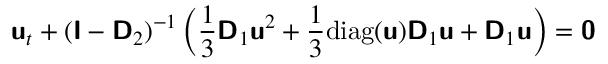
\mathbf { \boldsymbol { \mathsf { u } } } _ { t } + ( \mathbf { \boldsymbol { \mathsf { I } } } - \mathbf { \boldsymbol { \mathsf { D } } } _ { 2 } ) ^ { - 1 } \left( \frac { 1 } { 3 } \mathbf { \boldsymbol { \mathsf { D } } } _ { 1 } \mathbf { \boldsymbol { \mathsf { u } } } ^ { 2 } + \frac { 1 } { 3 } \mathrm { d i a g } ( \mathbf { \boldsymbol { \mathsf { u } } } ) \mathbf { \boldsymbol { \mathsf { D } } } _ { 1 } \mathbf { \boldsymbol { \mathsf { u } } } + \mathbf { \boldsymbol { \mathsf { D } } } _ { 1 } \mathbf { \boldsymbol { \mathsf { u } } } \right) = \mathbf { \boldsymbol { \mathsf { 0 } } }